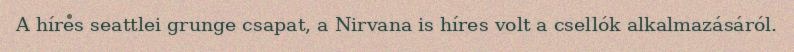
A híres seattlei grunge csapat, a Nirvana is híres volt a csellók alkalmazásáról.